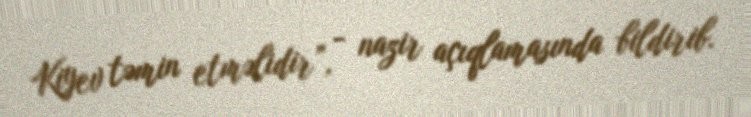
Kiyev təmin etməlidir”, - nazir açıqlamasında bildirib.